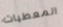
المعطيات